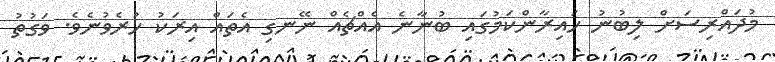
މުދައްރިސަށް ލިބުނު ހައިރާންކަމުގައި ބުނާނެ އެއްޗެއް ނޭނގި އެތައް އިރަކު ހުރެވުނެވެ. ވަގުތު